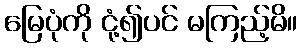
မြေပုံကို ငုံ့၍ပင် မကြည့်မိ။